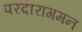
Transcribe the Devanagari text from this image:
परदारागमन